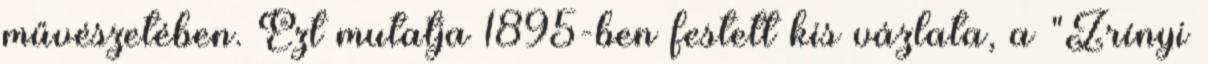
művészetében. Ezt mutatja 1895-ben festett kis vázlata, a "Zrínyi